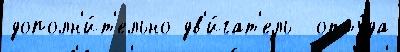
дополн'и́т'ельно дв'и́гат'ель  отту́да